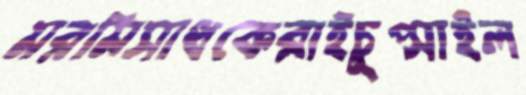
মরমিসাধকেরাইচুপ্‌সাইল